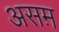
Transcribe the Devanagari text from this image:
असम़